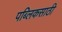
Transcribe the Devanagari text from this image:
पब्लिकसाठी